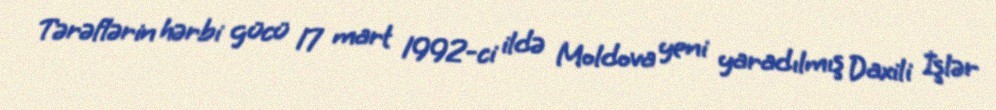
Tərəflərin hərbi gücü 17 mart 1992-ci ildə Moldova yeni yaradılmış Daxili İşlər